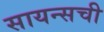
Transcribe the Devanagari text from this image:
सायन्सची